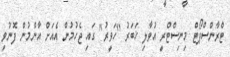
ޓްރާންސްޕޯޓް މިނިސްޓްރީ އުވާލި ޚަބަރު "ހަވީރު" ގައި ޖެހުމުން އެއަށް އާންމުން ފޮނުވި